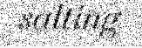
salting